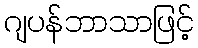
ဂျပန်ဘာသာဖြင့်